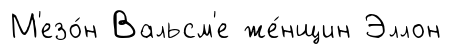
М'езо́н Вальсм'е же́нщин Эллон